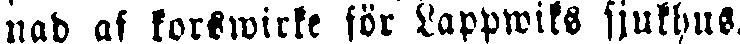
nad af korswirke för Lappwiks sjukhus.